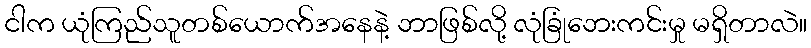
ငါက ယုံကြည်သူတစ်ယောက်အနေနဲ့ ဘာဖြစ်လို့ လုံခြုံဘေးကင်းမှု မရှိတာလဲ။